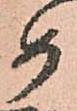
め